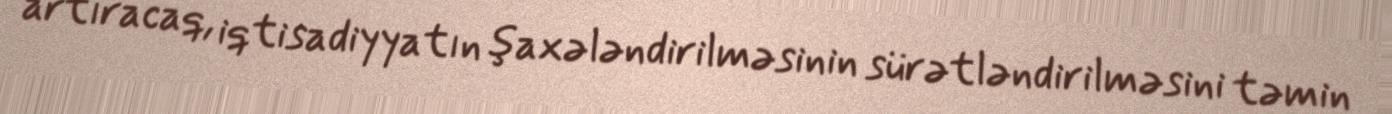
artıracaq, iqtisadiyyatın şaxələndirilməsinin sürətləndirilməsini təmin